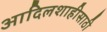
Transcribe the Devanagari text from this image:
आदिलशाहीसाठी